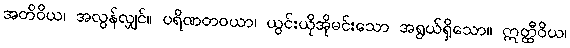
အတိဝိယ၊ အလွန်လျှင်။ ပရိဏတဝယာ၊ ယွင်းယိုအိုမင်းသော အရွယ်ရှိသော။ ဣတ္ထီဝိယ၊